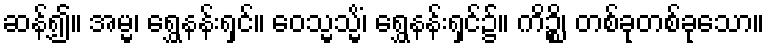
ဆန့်၍။ အမ္မ၊ ရွှေနန်းရှင်။ ဝေသ္မသ္မိံ၊ ရွှေနန်းရှင်၌။ ကိဉ္စိ၊ တစ်ခုတစ်ခုသော။